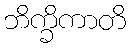
ဘိက္ခိကာတိ